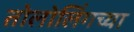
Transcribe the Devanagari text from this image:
तोलोलिंगच्या